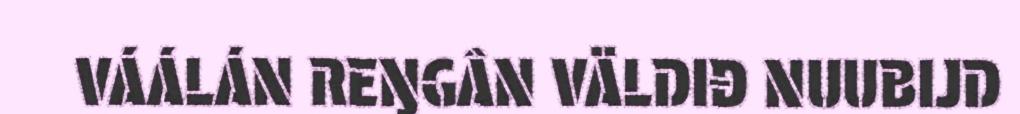
VÁÁLÁN REŊGÂN VÄLDIĐ NUUBIJD